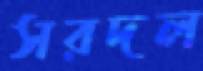
সরদল